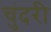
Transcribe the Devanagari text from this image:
चुंदरी